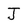
Character: J